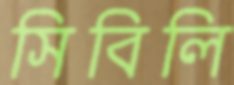
সিবিলি